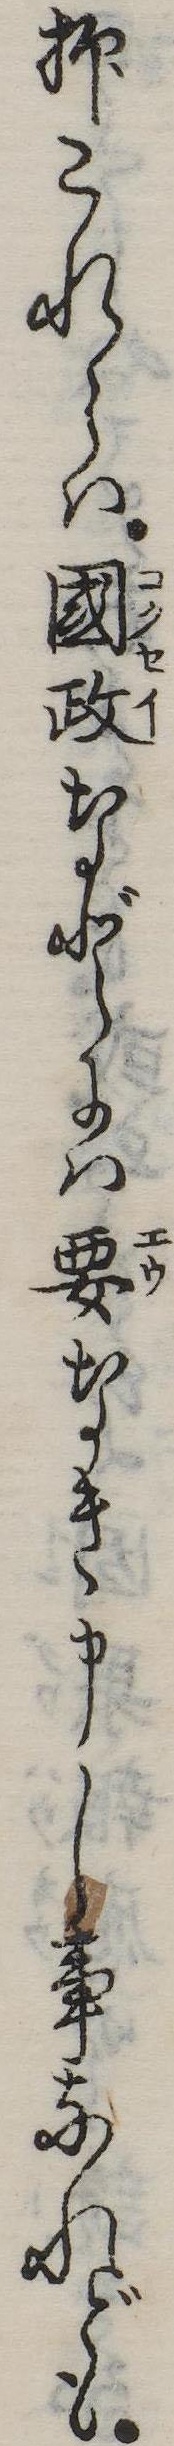
抑これらは国政などには要なき申し事なれども